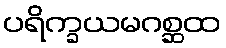
ပရိက္ခယမဂစ္ဆထ